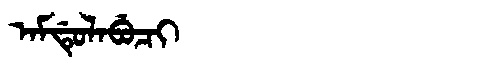
Manchu: ᠠᠮᡩᡠᠯᠠᠪᡠᠴᡳ
Romanization: AMDULABUCI